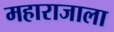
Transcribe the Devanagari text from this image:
महाराजाला